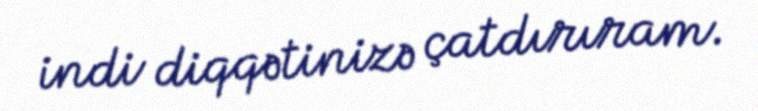
indi diqqətinizə çatdırıram.